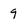
Character: 9